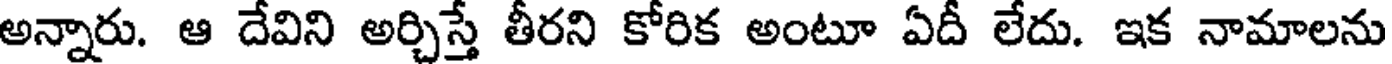
అన్నారు. ఆ దేవిని అర్చిస్తే తీరని కోరిక అంటూ ఏదీ లేదు. ఇక నామాలను